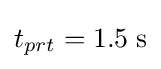
t_{prt}=1.5\;{\rm {s}}